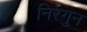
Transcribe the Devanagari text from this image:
निरगुन